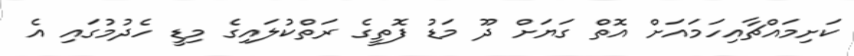
ކަށިމައްޗާއިހަމައަށް އޮތް ގަޔަށް ދޫ މަޑު ފޮތީގެ ރަތްކުލައިގެ މިޑީ ހެދުމުގައި އެ